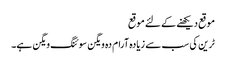
موقع دیکھنے کے لئے موقع
ٹرین کی سب سے زیادہ آرام دہ ویگن سوئنگ ویگن ہے۔